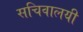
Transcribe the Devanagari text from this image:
सचिवालयी